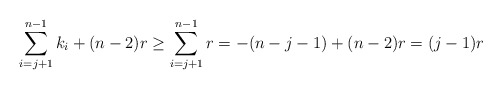
\begin{align*}\sum\limits_{i =j+1}^{n-1} k_i + (n-2)r \geq \sum\limits_{i =j +1}^{n-1} r = -(n-j-1) + (n-2)r = (j-1)r\end{align*}